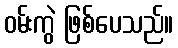
ဝမ်းကွဲ ဖြစ်ပေသည်။